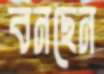
বনছেন